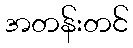
အတန်းတင်